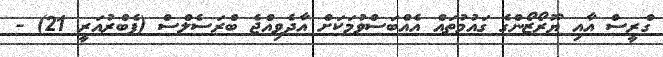
ގްރީސް އާއި ޔޫރޯޒޯންގެ ގައުމުތައް އެެއްބަސްވުމަކަށް އާދެވިއްޖެ ބްރަސެލްސް (ފެބްރުއަރީ 21) -